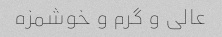
عالی و گرم و خوشمزه